Annual report on the working of the lock hospitals in the North-Western Provinces and Oudh
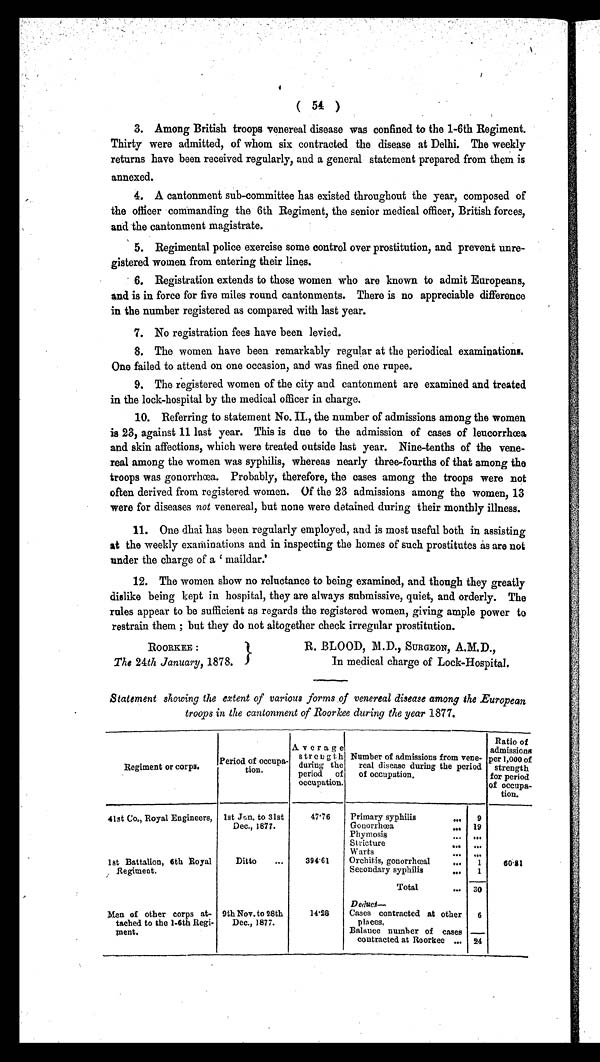
( 54 )
3. Among British troops venereal disease was confined to the 1-6th Regiment.
Thirty were admitted, of whom six contracted the disease at Delhi. The weekly
returns have been received regularly, and a general statement prepared from them is
annexed.
4. A cantonment sub-committee has existed throughout the year, composed of
the officer commanding the 6th Regiment, the senior medical officer, British forces,
and the cantonment magistrate.
5. Regimental police exercise some control over prostitution, and prevent unre-
gistered women from entering their lines.
6. Registration extends to those women who are known to admit Europeans,
and is in force for five miles round cantonments. There is no appreciable difference
in the number registered as compared with last year.
7. No registration fees have been levied.
8. The women have been remarkably regular at the periodical examinations.
One failed to attend on one occasion, and was fined one rupee.
9. The registered women of the city and cantonment are examined and treated
in the lock-hospital by the medical officer in charge.
10. Referring to statement No. II., the number of admissions among the women
is 23, against 11 last year. This is due to the admission of cases of leucorrhœa
and skin affections, which were treated outside last year. Nine-tenths of the vene-
real among the women was syphilis, whereas nearly three-fourths of that among the
troops was gonorrhœa. Probably, therefore, the cases among the troops were not
often derived from registered women. Of the 23 admissions among the women, 13
were for diseases not venereal, but none were detained during their monthly illness.
11. One dhai has been regularly employed, and is most useful both in assisting
at the weekly examinations and in inspecting the homes of such prostitutes as are not
under the charge of a 'maildar.'
12. The women show no reluctance to being examined, and though they greatly
dislike being kept in hospital, they are always submissive, quiet, and orderly. The
rules appear to be sufficient as regards the registered women, giving ample power to
restrain them; but they do not altogether check irregular prostitution.
ROORKEE :
The 24th January, 1878.
R. BLOOD, M.D., SURGEON, A.M.D.,
In medical charge of Lock-Hospital.
Statement showing the extent of various forms . of venereal disease among the European
troops in the cantonment of Roorkee during the year 1877.
Regiment or corps. Period of occupa-
tion.
Average
strength
during the
period of
occupation.
Number of admissions from vene-
real disease during the period
of occupation.
Ratio of
admissions
per 1,000 of
strength
for period
of occupa-
tion.
41st Co., Royal Engineers, 1st Jan. to 31st
Dec., 1877.
47.76 Primary syphilis
. . . 9
Gonorrhoea
... 19
Phymosis
. . .
. . .
Stricture
. . .
. . .
Warts
. . . ...
1st Battalion, 6th Royal
Regiment.
Ditto ... 394.61 Orchitis, gonorrhœal . . . 1 60.81
Secondary syphilis
. . . 1
Total
. . . 30
D e d u c t —
Men of other corps at-
tached to the 1-6th Regi-
ment.
9th Nov. to 28th
Dec., 1877.
1 4 . 2 8
Cases contracted at other
places,
6
Balance number of cases
contracted at Roorkee ...
2 4